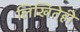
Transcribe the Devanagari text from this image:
लिखितेही